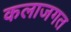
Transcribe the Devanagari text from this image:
कलाजगत